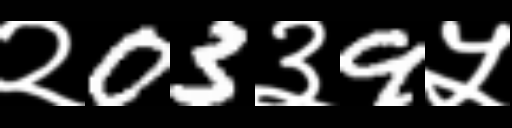
Text: २03३9५